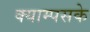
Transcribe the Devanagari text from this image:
क्याम्पसके